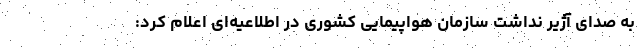
به صدای آژیر نداشت سازمان هواپیمایی کشوری در اطلاعیه‌ای اعلام کرد: